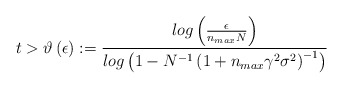
\begin{align*}t>\vartheta\left(\epsilon\right):=\frac{log\left(\frac{\epsilon}{n_{max}N}\right)}{log\left(1-N^{-1}\left(1+n_{max}\gamma^{2}\sigma^{2}\right)^{-1}\right)}\end{align*}